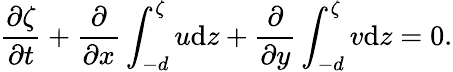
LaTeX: \frac{\partial\zeta}{\partial t}+\frac{\partial}{\partial x}\int_{-d}^{\zeta}u\mathrm{d}z+\frac{\partial}{\partial y}\int_{-d}^{\zeta}v\mathrm{d}z=0.